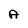
Character: A